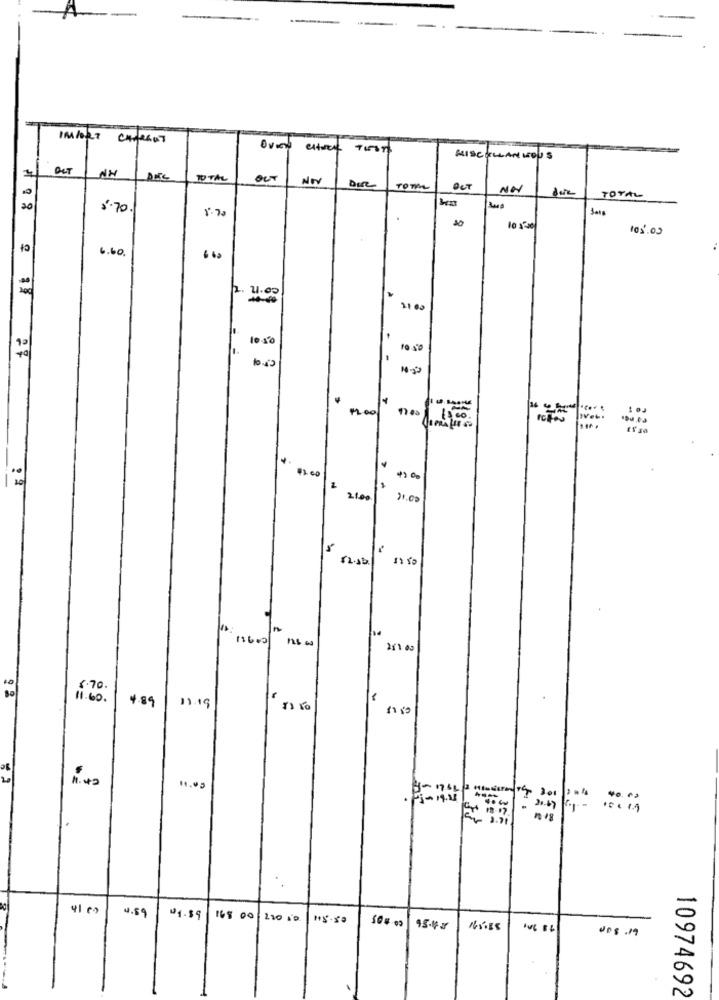
MISCELLAN MOU S
BUT
TO TAL
OUT
NOV
TOTAL
OUT
TOTAL
20
5.70
1.70
105.03
6.60.
2. 22:00
1050
Net .
$200
4200
2
21.00
21.00
12.sb
211 03
4.89
11.19
1.42
11.00
4 ....
41 co
4.89
01.89
168 00 22010
95.4 x
165:38
ups .19
10974692